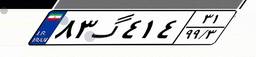
۸۳گ۴۱۴۳۱